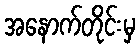
အနောက်တိုင်းမှ